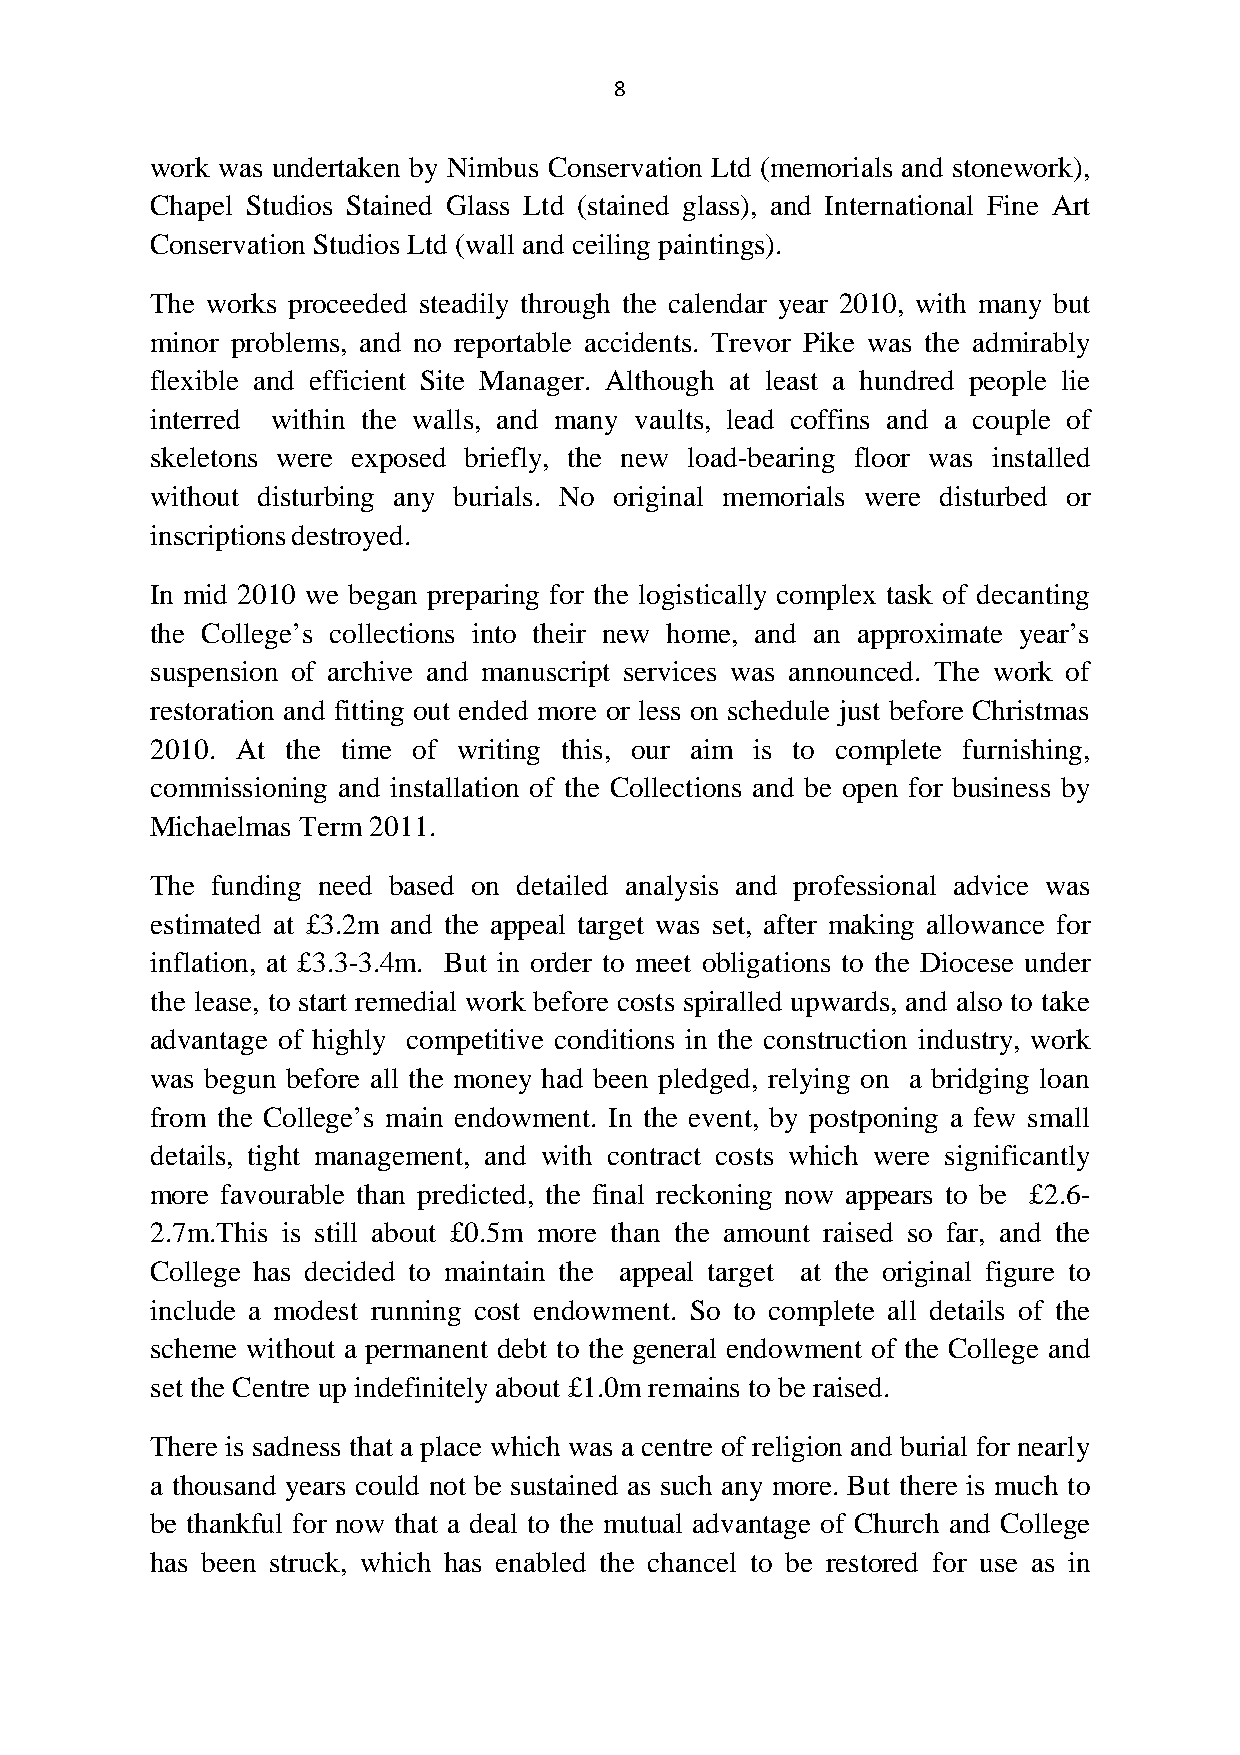
8
 work was undertaken by Nimbus Conservation Ltd (memorials and stonework),
 Chapel Studios Stained Glass Ltd (stained glass), and International Fine Art
 Conservation Studios Ltd (wall and ceiling paintings).
 The works proceeded steadily through the calendar year 2010, with many but
 minor problems, and no reportable accidents. Trevor Pike was the admirably
 flexible and efficient Site Manager. Although at least a hundred people lie
 interred within the walls, and many vaults, lead coffins and a couple of
 skeletons were exposed briefly, the new load-bearing floor was installed
 without disturbing any burials. No original memorials were disturbed or
 inscriptionsdestroyed.
 In mid 2010 we began preparing for the logistically complex task of decanting
 the College’s collections into their new home, and an approximate year’s
 suspension of archive and manuscript services was announced. The work of
 restoration and fitting out ended more or less on schedule just before Christmas
 2010. At the time of writing this, our aim is to complete furnishing,
 commissioning and installation of the Collections and be open for business by
 Michaelmas Term 2011.
 The funding need based on detailed analysis and professional advice was
 estimated at £3.2m and the appeal target was set, after making allowance for
 inflation, at £3.3-3.4m. But in order to meet obligations to the Diocese under
 the lease, to start remedial work before costs spiralled upwards, and also to take
 advantage of highly competitive conditions in the construction industry, work
 was begun before all the money had been pledged, relying on a bridging loan
 from the College’s main endowment. In the event, by postponing a few small
 details, tight management, and with contract costs which were significantly
 more favourable than predicted, the final reckoning now appears to be £2.6-
 2.7m.This is still about £0.5m more than the amount raised so far, and the
 College has decided to maintain the appeal target at the original figure to
 include a modest running cost endowment. So to complete all details of the
 scheme without a permanent debt to the general endowment of the College and
 set the Centre up indefinitely about £1.0m remains to be raised.
 There is sadness that a place which was a centre of religion and burial for nearly
 a thousand years could not be sustained as such any more. But there is much to
 be thankful for now that a deal to the mutual advantage of Church and College
 has been struck, which has enabled the chancel to be restored for use as in